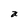
Character: a